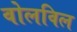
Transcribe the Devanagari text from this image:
वोलविल